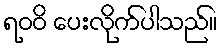
ရဝဝိ ပေးလိုက်ပါသည်။